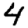
Digit: 4